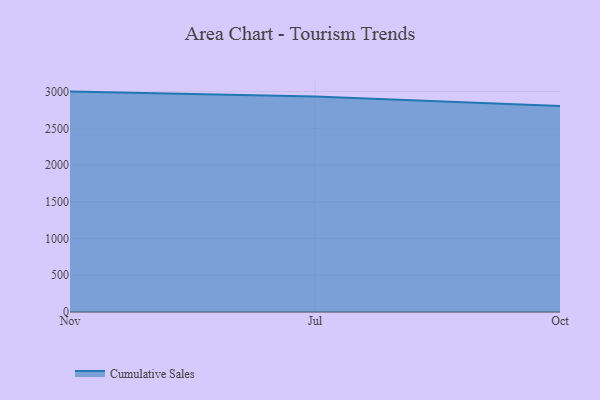
{"axis": {"x": "Month", "y": "Humidity (%)"}, "legend": ["Cumulative Sales"], "data": [{"x": "Nov", "y": 2999.7, "type": "Cumulative Sales"}, {"x": "Jul", "y": 2933.0, "type": "Cumulative Sales"}, {"x": "Oct", "y": 2803.7, "type": "Cumulative Sales"}]}